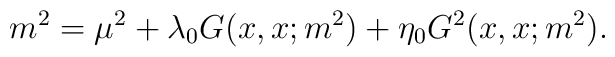
m^2 = \mu^2 + \lambda_0 G(x,x;m^2) + \eta_0 G^2(x,x;m^2).